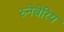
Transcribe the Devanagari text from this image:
रुनेबेरिय